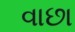
વાછા